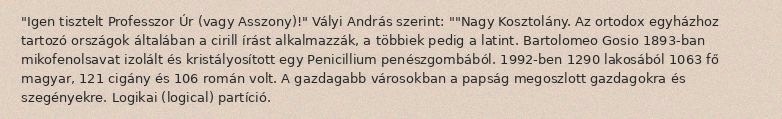
"Igen tisztelt Professzor Úr (vagy Asszony)!" Vályi András szerint: ""Nagy Kosztolány. Az ortodox egyházhoz tartozó országok általában a cirill írást alkalmazzák, a többiek pedig a latint. Bartolomeo Gosio 1893-ban mikofenolsavat izolált és kristályosított egy Penicillium penészgombából. 1992-ben 1290 lakosából 1063 fő magyar, 121 cigány és 106 román volt. A gazdagabb városokban a papság megoszlott gazdagokra és szegényekre. Logikai (logical) partíció.